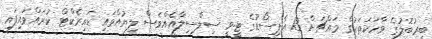
ބީރުބޮލުގެ ވާހަކަތަކުގެ މައްޗަށް 13 އެޕިސޯޑުގެ ޓީ.ވީ ސިލްސިލާއެއްވެސް ލިޔުއްވައި ޑައިރެކްޓް ކުރައްވައިފައި